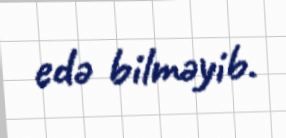
edə bilməyib.